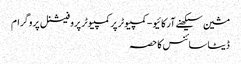
مشین سیکھنے آرکائیو - کمپیوٹر پر کمپیوٹر پروفیشنل پروگرام
ڈیٹا سائنس کا حصہ